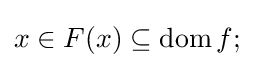
x\in F(x)\subseteq \operatorname {dom} f;